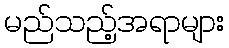
မည်သည့်အရာများ